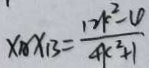
x _ { A } x _ { B } = \frac { 1 2 k ^ { 2 } - 4 } { 4 k ^ { 2 } + 1 }